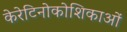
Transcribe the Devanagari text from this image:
केरेटिनोकोशिकाओं